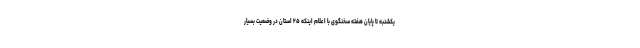
یکشنبه تا پایان هفته سخنگوی با اعلام اینکه ۲۵ استان در وضعیت بسیار